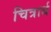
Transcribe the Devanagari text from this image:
चित्रार्ध